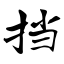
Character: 挡